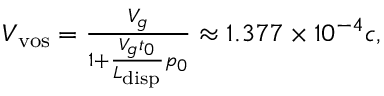
\begin{array} { r } { V _ { \mathrm { v o s } } = \frac { V _ { g } } { 1 + \frac { V _ { g } t _ { 0 } } { L _ { \mathrm { d i s p } } } p _ { 0 } } \approx 1 . 3 7 7 \times 1 0 ^ { - 4 } c , } \end{array}